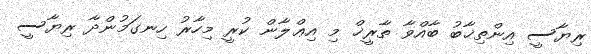
ރިޔާސީ އިންތިޚާބު ބާއްވާ ތާރީޚް މި އިޢްލާން ކުރީ މިހާރު ހިނގަމުންދާ ރިޔާސީ